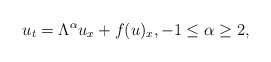
\begin{align*}u_t=\Lambda^\alpha u_x+f(u)_x, -1\leq \alpha \geq 2,\end{align*}